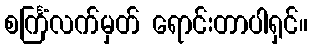
စင်္ကြံလက်မှတ် ရောင်းတာပါရှင်။